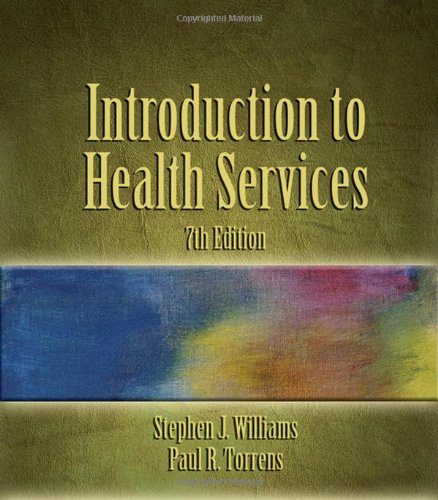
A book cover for Introduction to Health Services, 7th Edition; Stephen J. Williams; Medical Books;